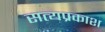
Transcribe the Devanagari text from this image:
सत्‍यप्रकाश